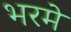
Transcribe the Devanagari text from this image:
भरमे